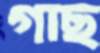
গাছ